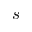
s